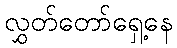
လွှတ်တော်ရှေ့နေ